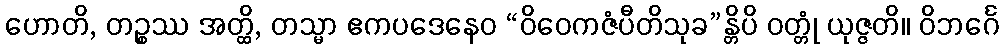
ဟောတိ, တဉ္စဿ အတ္ထိ, တသ္မာ ဧကပဒေနေဝ “ဝိဝေကဇံပီတိသုခ”န္တိပိ ဝတ္တုံ ယုဇ္ဇတိ။ ဝိဘင်္ဂေ